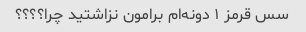
سس قرمز ۱ دونه‌ام برامون نزاشتید چرا؟؟؟؟